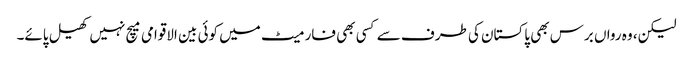
لیکن، وہ رواں برس بھی پاکستان کی طرف سے کسی بھی فارمیٹ میں کوئی بین الاقوامی میچ نہیں کھیل پائے۔